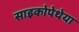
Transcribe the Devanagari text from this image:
साइकोपेथेया